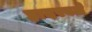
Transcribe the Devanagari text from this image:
हादरवले